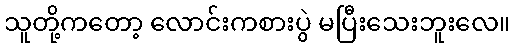
သူတို့ကတော့ လောင်းကစားပွဲ မပြီးသေးဘူးလေ။